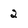
Character: 2